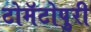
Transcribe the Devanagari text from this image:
टोमॅटोपुरी